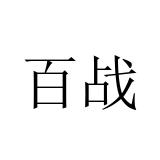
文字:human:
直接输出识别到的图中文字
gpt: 百战